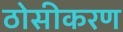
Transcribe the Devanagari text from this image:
ठोसीकरण